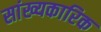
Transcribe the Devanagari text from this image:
सांख्यकारिक